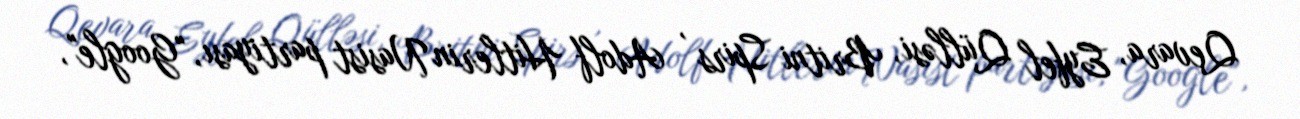
Qevara, Eyfel Qülləsi, Britni Spirs , Adolf Hitlerin Nasist partiyası, "Google",